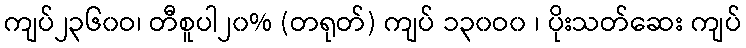
ကျပ်၂၃၆၀ဝ၊ တီစူပါ၂၀% (တရုတ်) ကျပ် ၁၃၀ဝ၀ ၊ ပိုးသတ်ဆေး ကျပ်